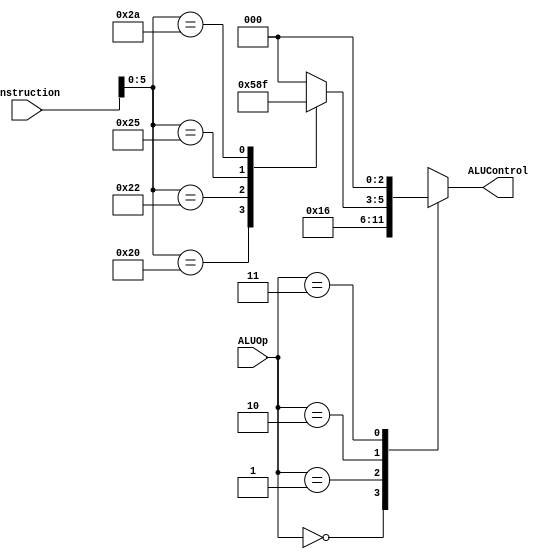
module ALU_controller (

    input   [1:0]   ALUOp,
    input   [31:0]  Instruction,

    output  reg     [2:0]   ALUControl

);

    wire [5:0] funct;
    assign funct = Instruction[5:0];

    always @(*) begin
        case (ALUOp)
            2'b00:
                ALUControl <= 3'b010; // ADD
            2'b01:
                ALUControl <= 3'b110; // SUB
            2'b10:
                case (funct)
                    6'b100000:
                        ALUControl <= 3'b010; // ADD
                    6'b100010:
                        ALUControl <= 3'b110; // ADD
                    6'b100100:
                        ALUControl <= 3'b000; // AND
                    6'b100101:
                        ALUControl <= 3'b001; // OR
                    6'b101010:
                        ALUControl <= 3'b111; // SLT
                    default: 
                        ALUControl <= 3'b000; // Undefined
                endcase
            2'b11: 
                ALUControl <= 3'b000; // Undefined
            default: 
                ALUControl <= 3'b000;

        endcase
    end

endmodule